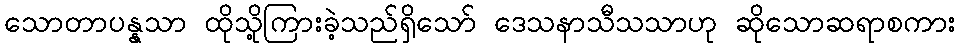
သောတာပန္နသာ ထိုသို့ကြားခဲ့သည်ရှိသော် ဒေသနာသီသသာဟု ဆိုသောဆရာစကား